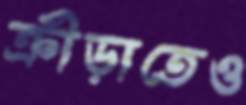
ক্রীড়াতেও